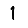
Digit: 1